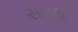
સાડલો